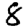
Digit: 8